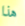
هذا